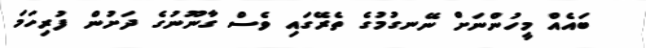
ބައެއް މީހުންނަށް ނޭނގުމުގެ ތެރޭގައި ވެސް ގާނޫނުގެ ދަށުން ފުރިހަމަ